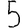
Digit: 5